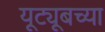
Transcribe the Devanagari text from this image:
यूट्यूबच्या